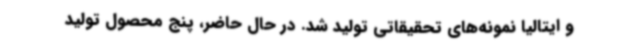
و ایتالیا نمونه‌های تحقیقاتی تولید شد. در حال حاضر، پنج محصول تولید